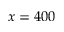
x = 4 0 0